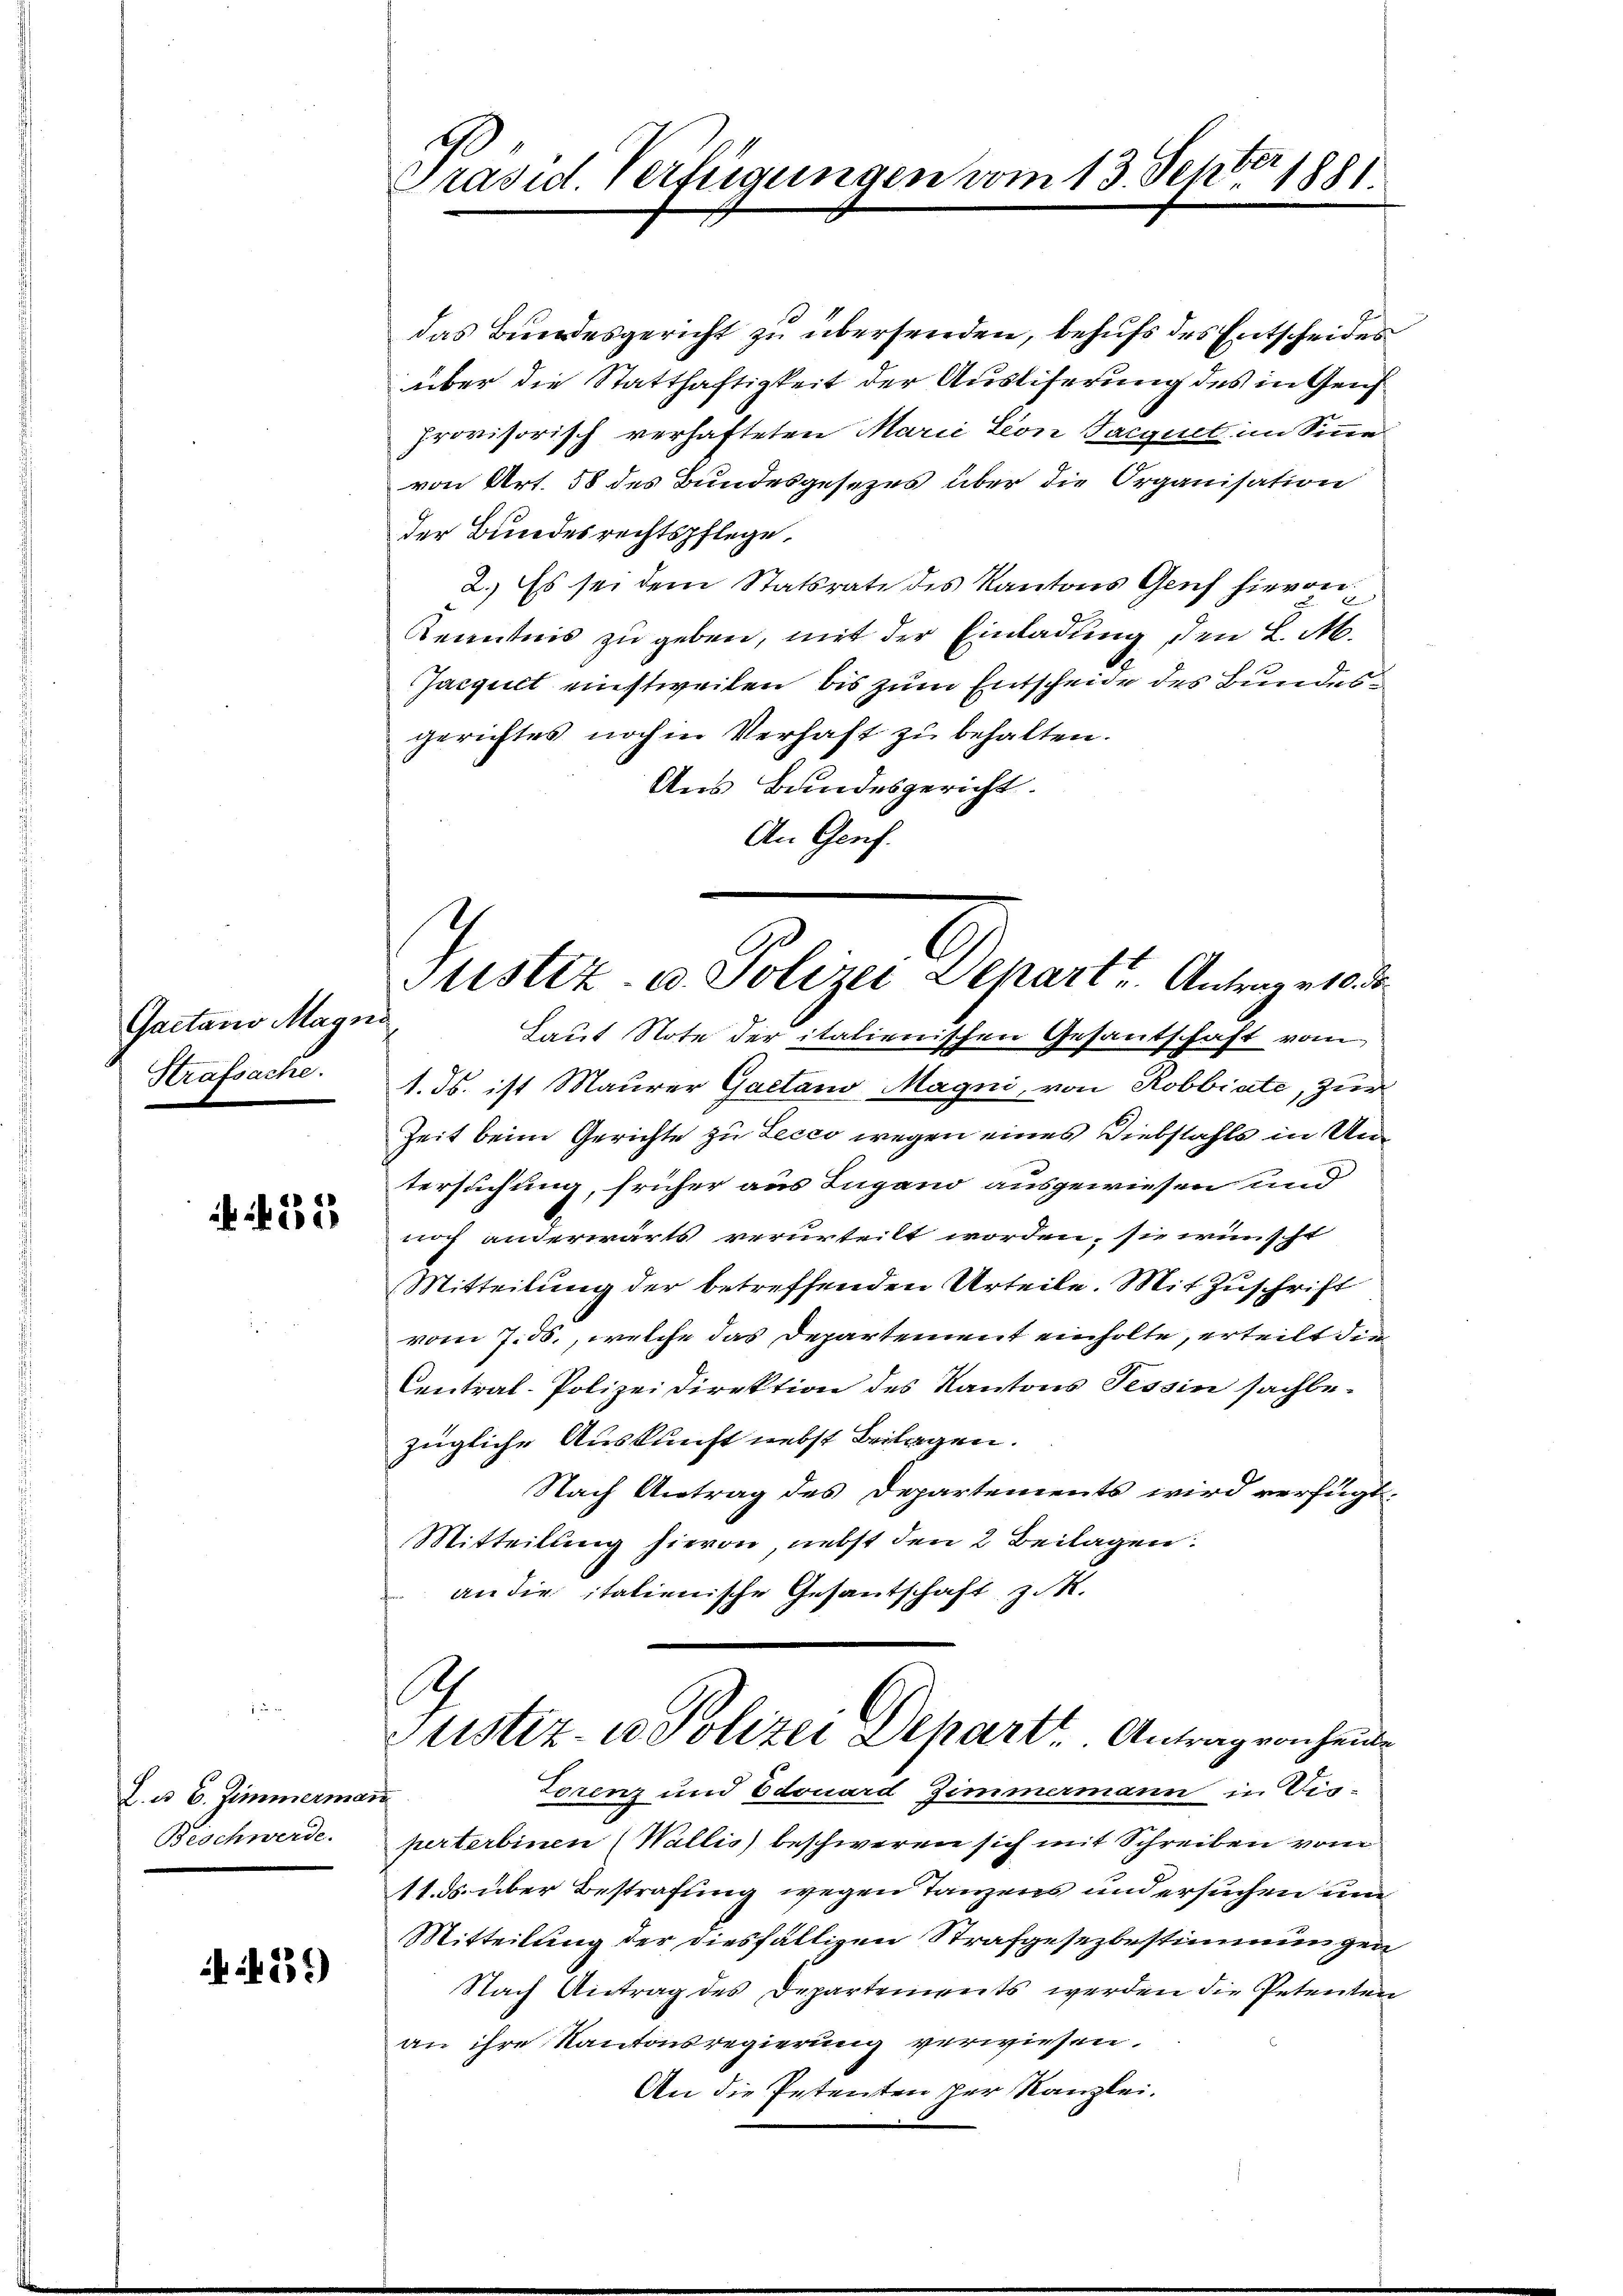
Gaetano Mayns
Strafsache.

35

Z. u. 6. Zimmermann
Beschwerde.

. f. 539)

Präsid Verfügungen vom 13. Septer 1881.

das Bundesgericht zu übersenden, behufs des Entscheides
über die Statthaftigkeit der Ausliferung des in Geis
provisorisch verhafteten Marie Leon Jacquet im Sinne
von Art. 58 des Bundesgesezes über die Organisation
der Bundesrechtspflege.
2.) Es sei dem Statsrate des Kantons Genf hievon
Kenntnis zu geben, mit der Einladung, den L. M.
Jargult einstweilen, bis zum Entscheide des Bundesgerichtes nochen Verhaft zu behalten.
Aus Bundesgericht.
An Genf.

Laut Note der italienischen Gesantschaft vom
1. Js. ist Maurer Gaetano Magni, von Robbiate, zur
Zeit beim Gerichte zu Lecco wegen eines Diebstahls in Untersuchung, früher aus Lugano ausgewiesen und
noch anderwärts verurteilt worden, sie wünscht
Mitteilung der betreffenden Urteile. Mit Zuschrift
vom 7. ds., welche das Departement einholte, erteilt die
Central-Polizeidirektion des Kantons Tessin sachbezügliche Auskunft nebst Beilagen.
Nach Antrag des Departements wird verfügt,
Mitteilŭng hievon nebst den 2 Beilagen:
an die italienische Gesantschaft z. R.
h
Ptistiz- u Polizei Depart. Antrag von heute
Torenz und Edouard Zimmermann in Vis-
perterbinen (Wallis beschweren sich mit Schreiben vom
11. ds. über Bestrafung wegen Tanzens und ersuchen und
Mitteilung der diesfälligen Strafgesezbestimmungen
Nach Antrag des Departements werden die Petenten
an ihre Kantonsregierung verwiesen.
An die Petenten per Kanzlei.

Justiz- u. Polizei Depart. Antrag 10. ds.